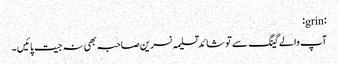
:grin:
آپ والے گینگ سے تو شائد تسلیمہ نسرین صاحبہ بھی نہ جیت پائیں ۔